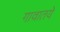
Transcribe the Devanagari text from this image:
गावातये